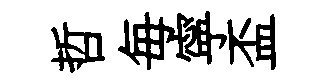
哲毎寜盃